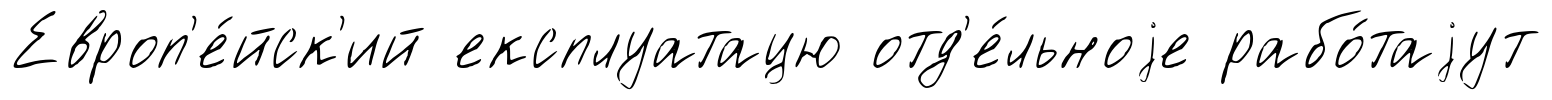
Европ'е́йск'ий експлуатацю отд'е́льноjе рабо́таjут